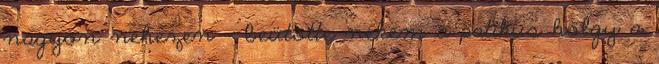
nagyon nehezen - beütötte nekem a patikus hölgy a